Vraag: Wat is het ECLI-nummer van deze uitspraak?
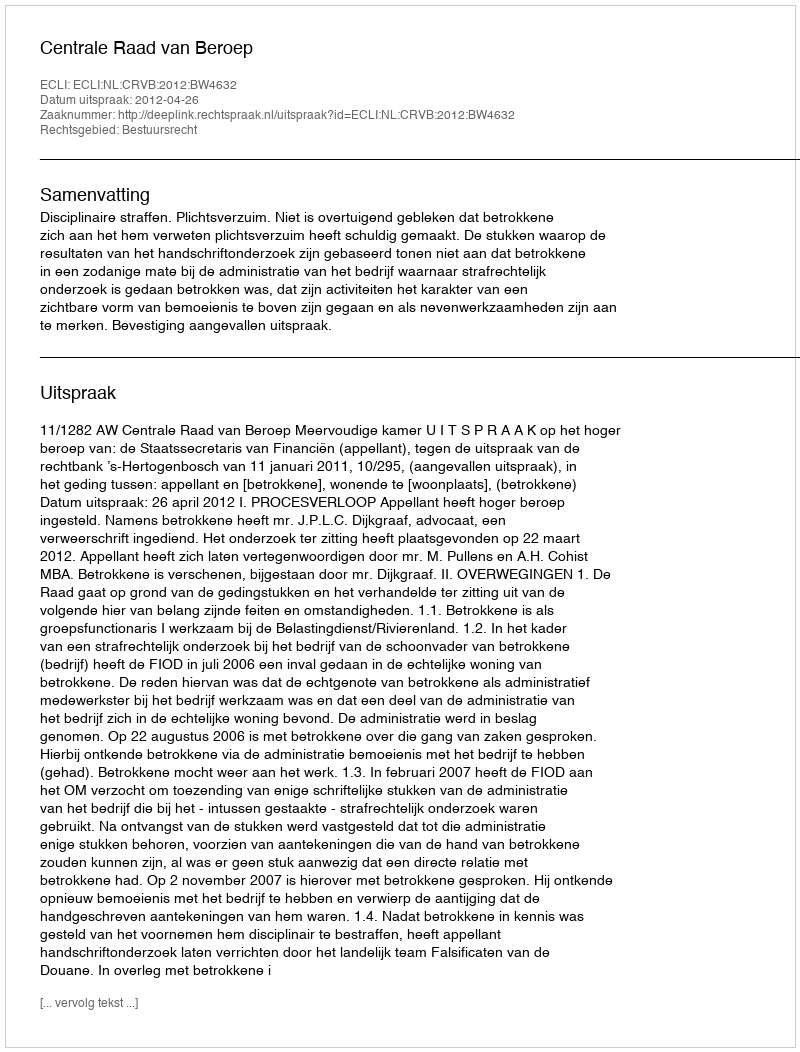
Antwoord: ECLI:NL:CRVB:2012:BW4632